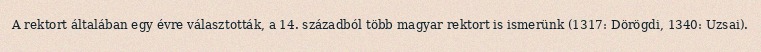
A rektort általában egy évre választották, a 14. századból több magyar rektort is ismerünk (1317: Dörögdi, 1340: Uzsai).